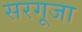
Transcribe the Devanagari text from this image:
सरगूजा